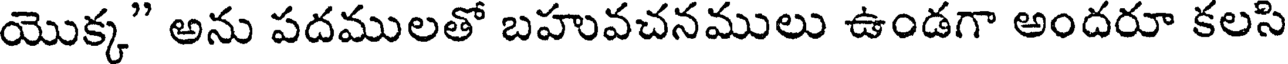
యొక్క" అను పదములతో బహువచనములు ఉండగా అందరూ కలసి